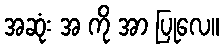
အဆုံး အ ကို အာ ပြုလေ။